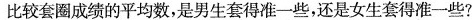
比较套圈成绩的平均数，是男生套得准一些，还是女生套得准一些?